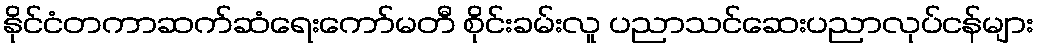
နိုင်ငံတကာဆက်ဆံရေးကော်မတီ စိုင်းခမ်းလူ ပညာသင်ဆေးပညာလုပ်ငန်များ